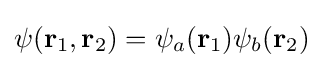
{\textstyle \psi (\mathbf {r} _{1},\mathbf {r} _{2})=\psi _{a}(\mathbf {r} _{1})\psi _{b}(\mathbf {r} _{2})}